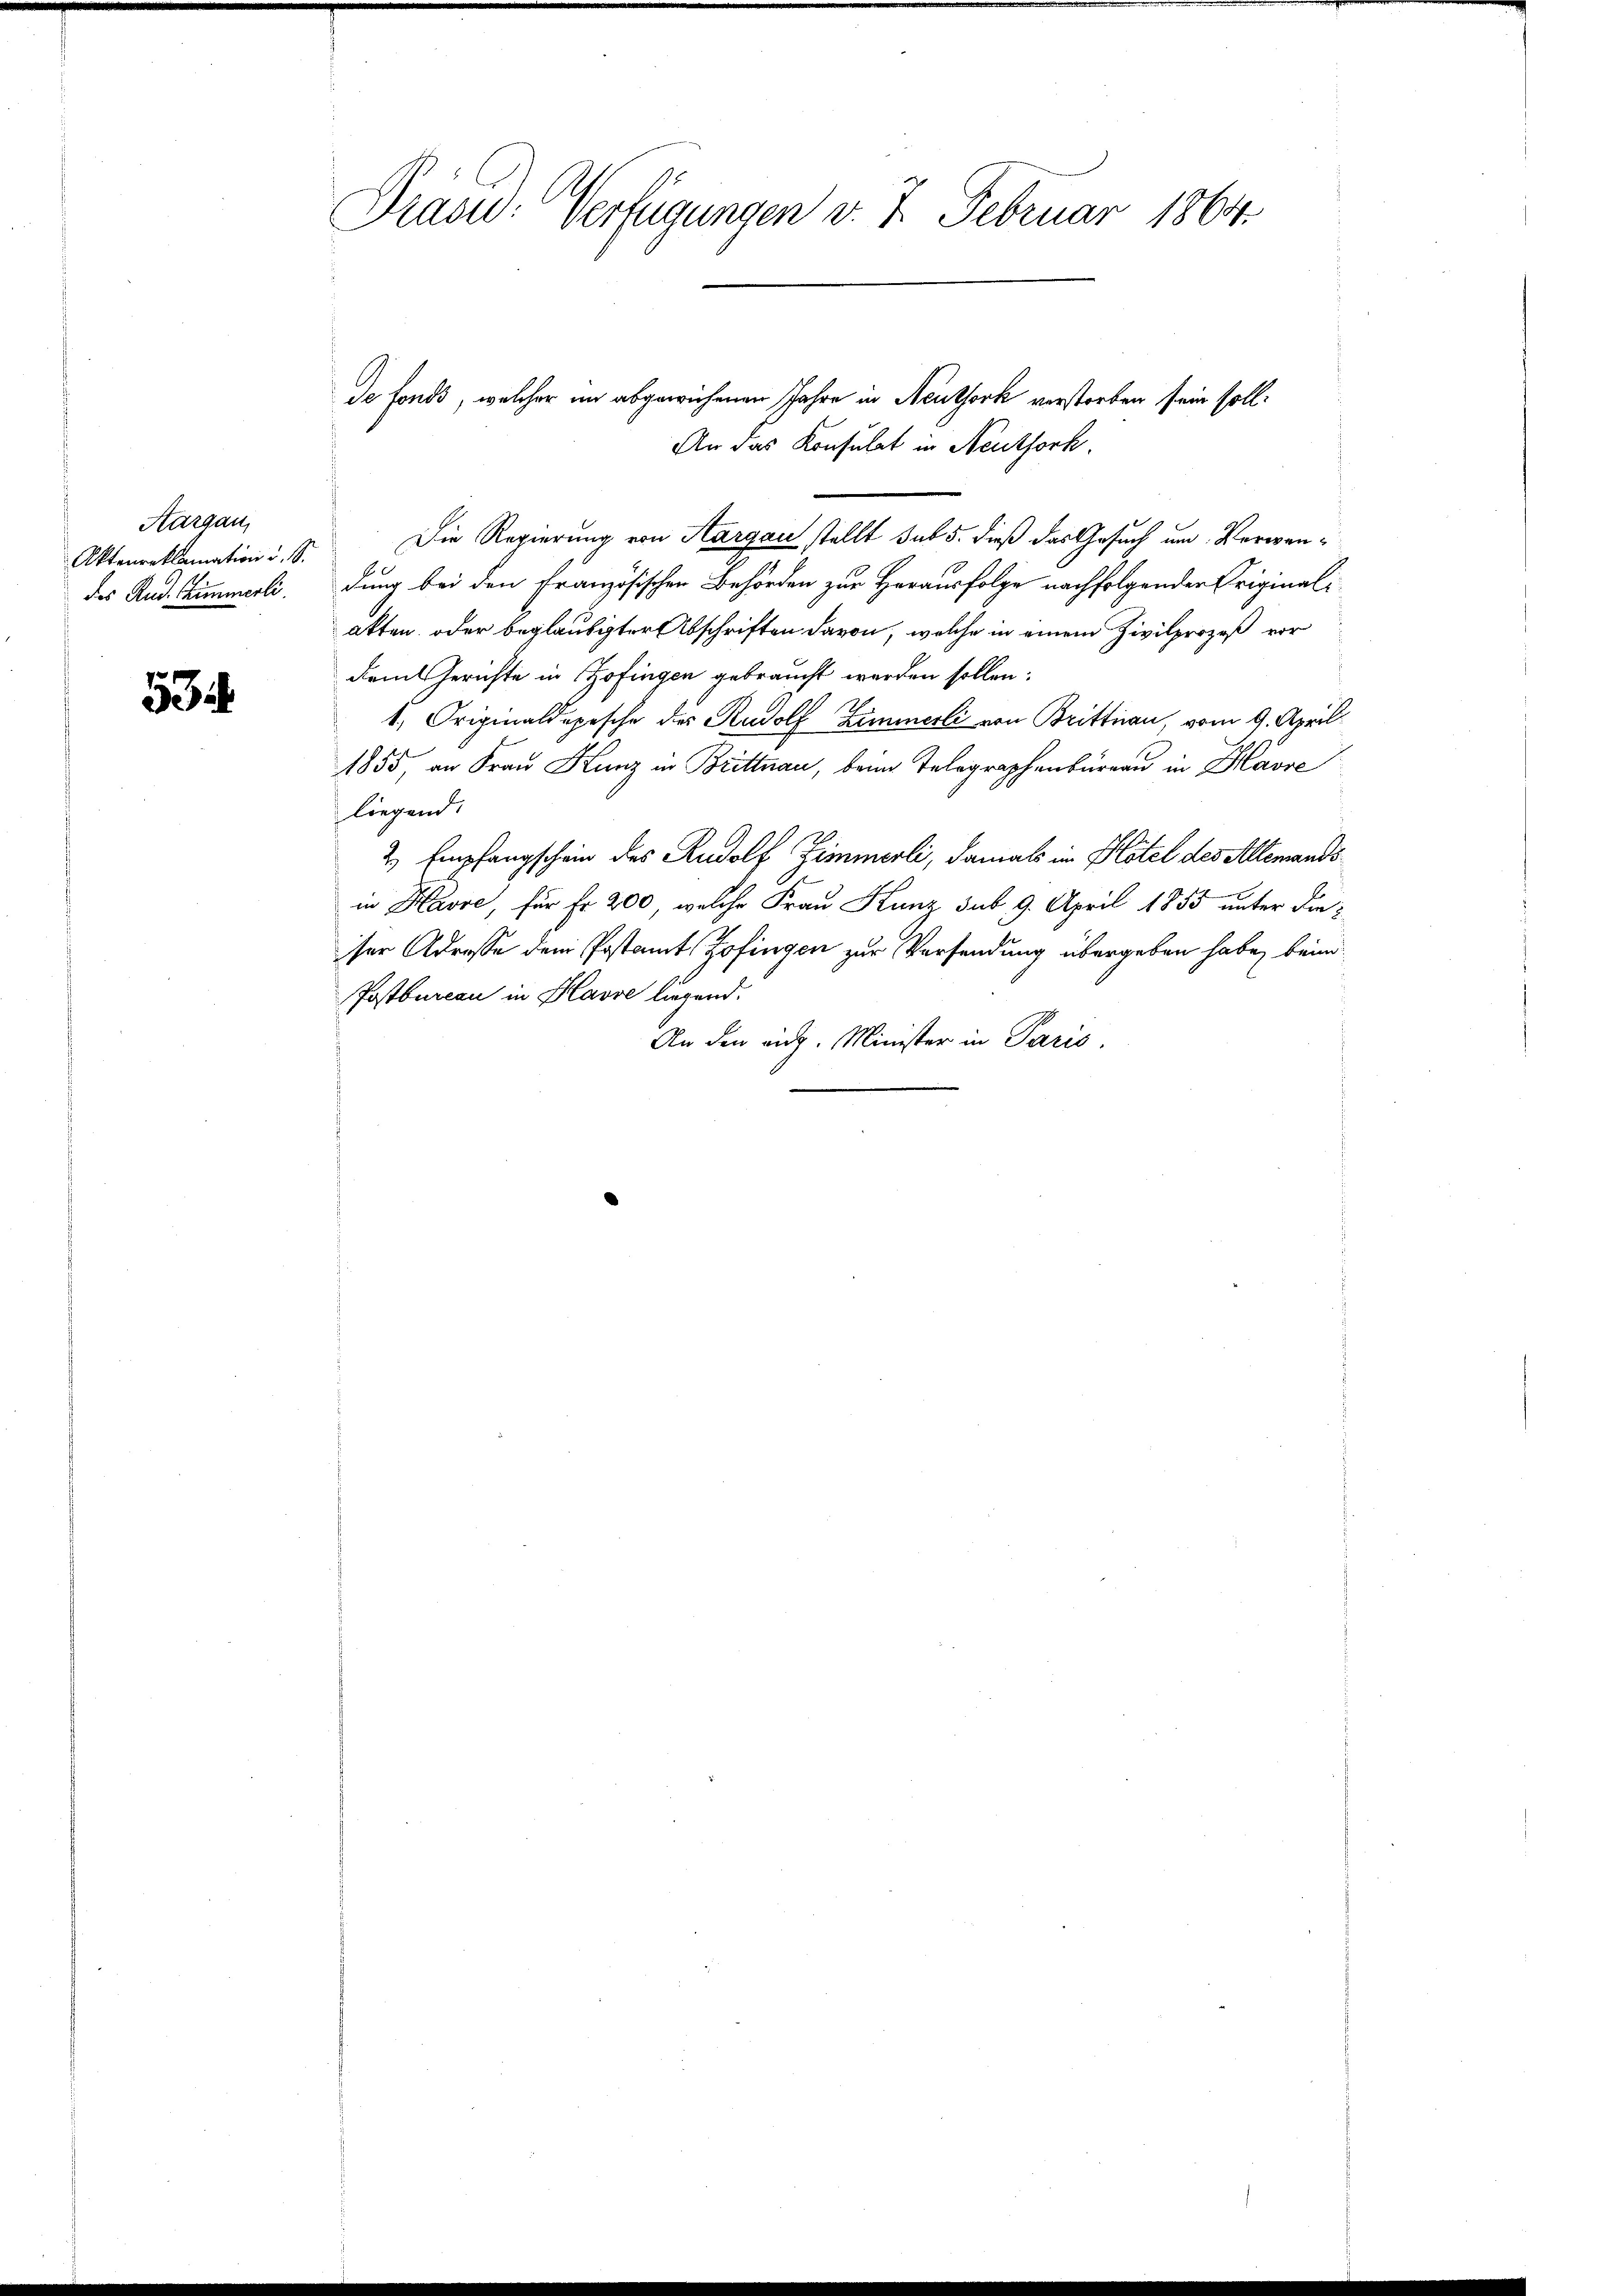
Aargau,
Aktenreklamation u. S.
des Rud. Chimmerli.

534

Präsid. Verfügungen v. 7. Februar 1864.

Die Regierung von Aargau stellt sub 5. dieß das Gesuch um Verwendung bei den Französischen Behörden zur Herausfolge nachfolgender Originalatten, oder beglaubigter Abschriften davon, welche in einem Zivilprozeß vor
dem Gerichte in Zofingen gebraucht werden sollen:
1. Originaldopische des Rudolf Zimmerli von Brittnau, vom 9. April
1855, an Frau Kunz in Brittnau, beim Telegraphenbüreau in Havre
liegend.
2 Empfangschein des Rudolf Zimmerli, damals in Hotel des Allemands
in Havre, für Fr. 200, welche Frau Kunz sub. 9. April 1855 unter dieser Adresse dem Postamt Zofingen zur Versendung übergeben habe, beim
Postbureau in Havre liegend.
An den eidg. Minister in Paris.

de fonds, welcher im abgewiesenen Jahre in Neuthork verstorben sein soll.
An das Konsulat in Neuthork.